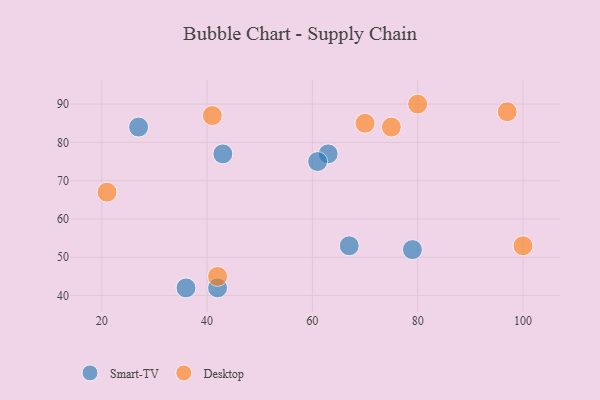
{"axis": {"x": "GDP", "y": "Life Expectancy"}, "legend": ["Desktop", "Smart-TV"], "data": [{"x": "42", "y": 42, "type": "Smart-TV"}, {"x": "63", "y": 77, "type": "Smart-TV"}, {"x": "67", "y": 53, "type": "Smart-TV"}, {"x": "79", "y": 52, "type": "Smart-TV"}, {"x": "43", "y": 77, "type": "Smart-TV"}, {"x": "36", "y": 42, "type": "Smart-TV"}, {"x": "61", "y": 75, "type": "Smart-TV"}, {"x": "27", "y": 84, "type": "Smart-TV"}, {"x": "41", "y": 87, "type": "Desktop"}, {"x": "42", "y": 45, "type": "Desktop"}, {"x": "70", "y": 85, "type": "Desktop"}, {"x": "97", "y": 88, "type": "Desktop"}, {"x": "100", "y": 53, "type": "Desktop"}, {"x": "80", "y": 90, "type": "Desktop"}, {"x": "21", "y": 67, "type": "Desktop"}, {"x": "75", "y": 84, "type": "Desktop"}]}